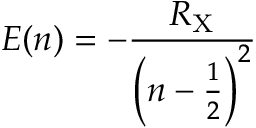
E ( n ) = - { \frac { R _ { \mathrm { X } } } { \left( n - { \frac { 1 } { 2 } } \right) ^ { 2 } } }